NAE_ERA_R-2324_Eesti_Vabariigi_Pohiseaduslik_Assamblee, lk 29
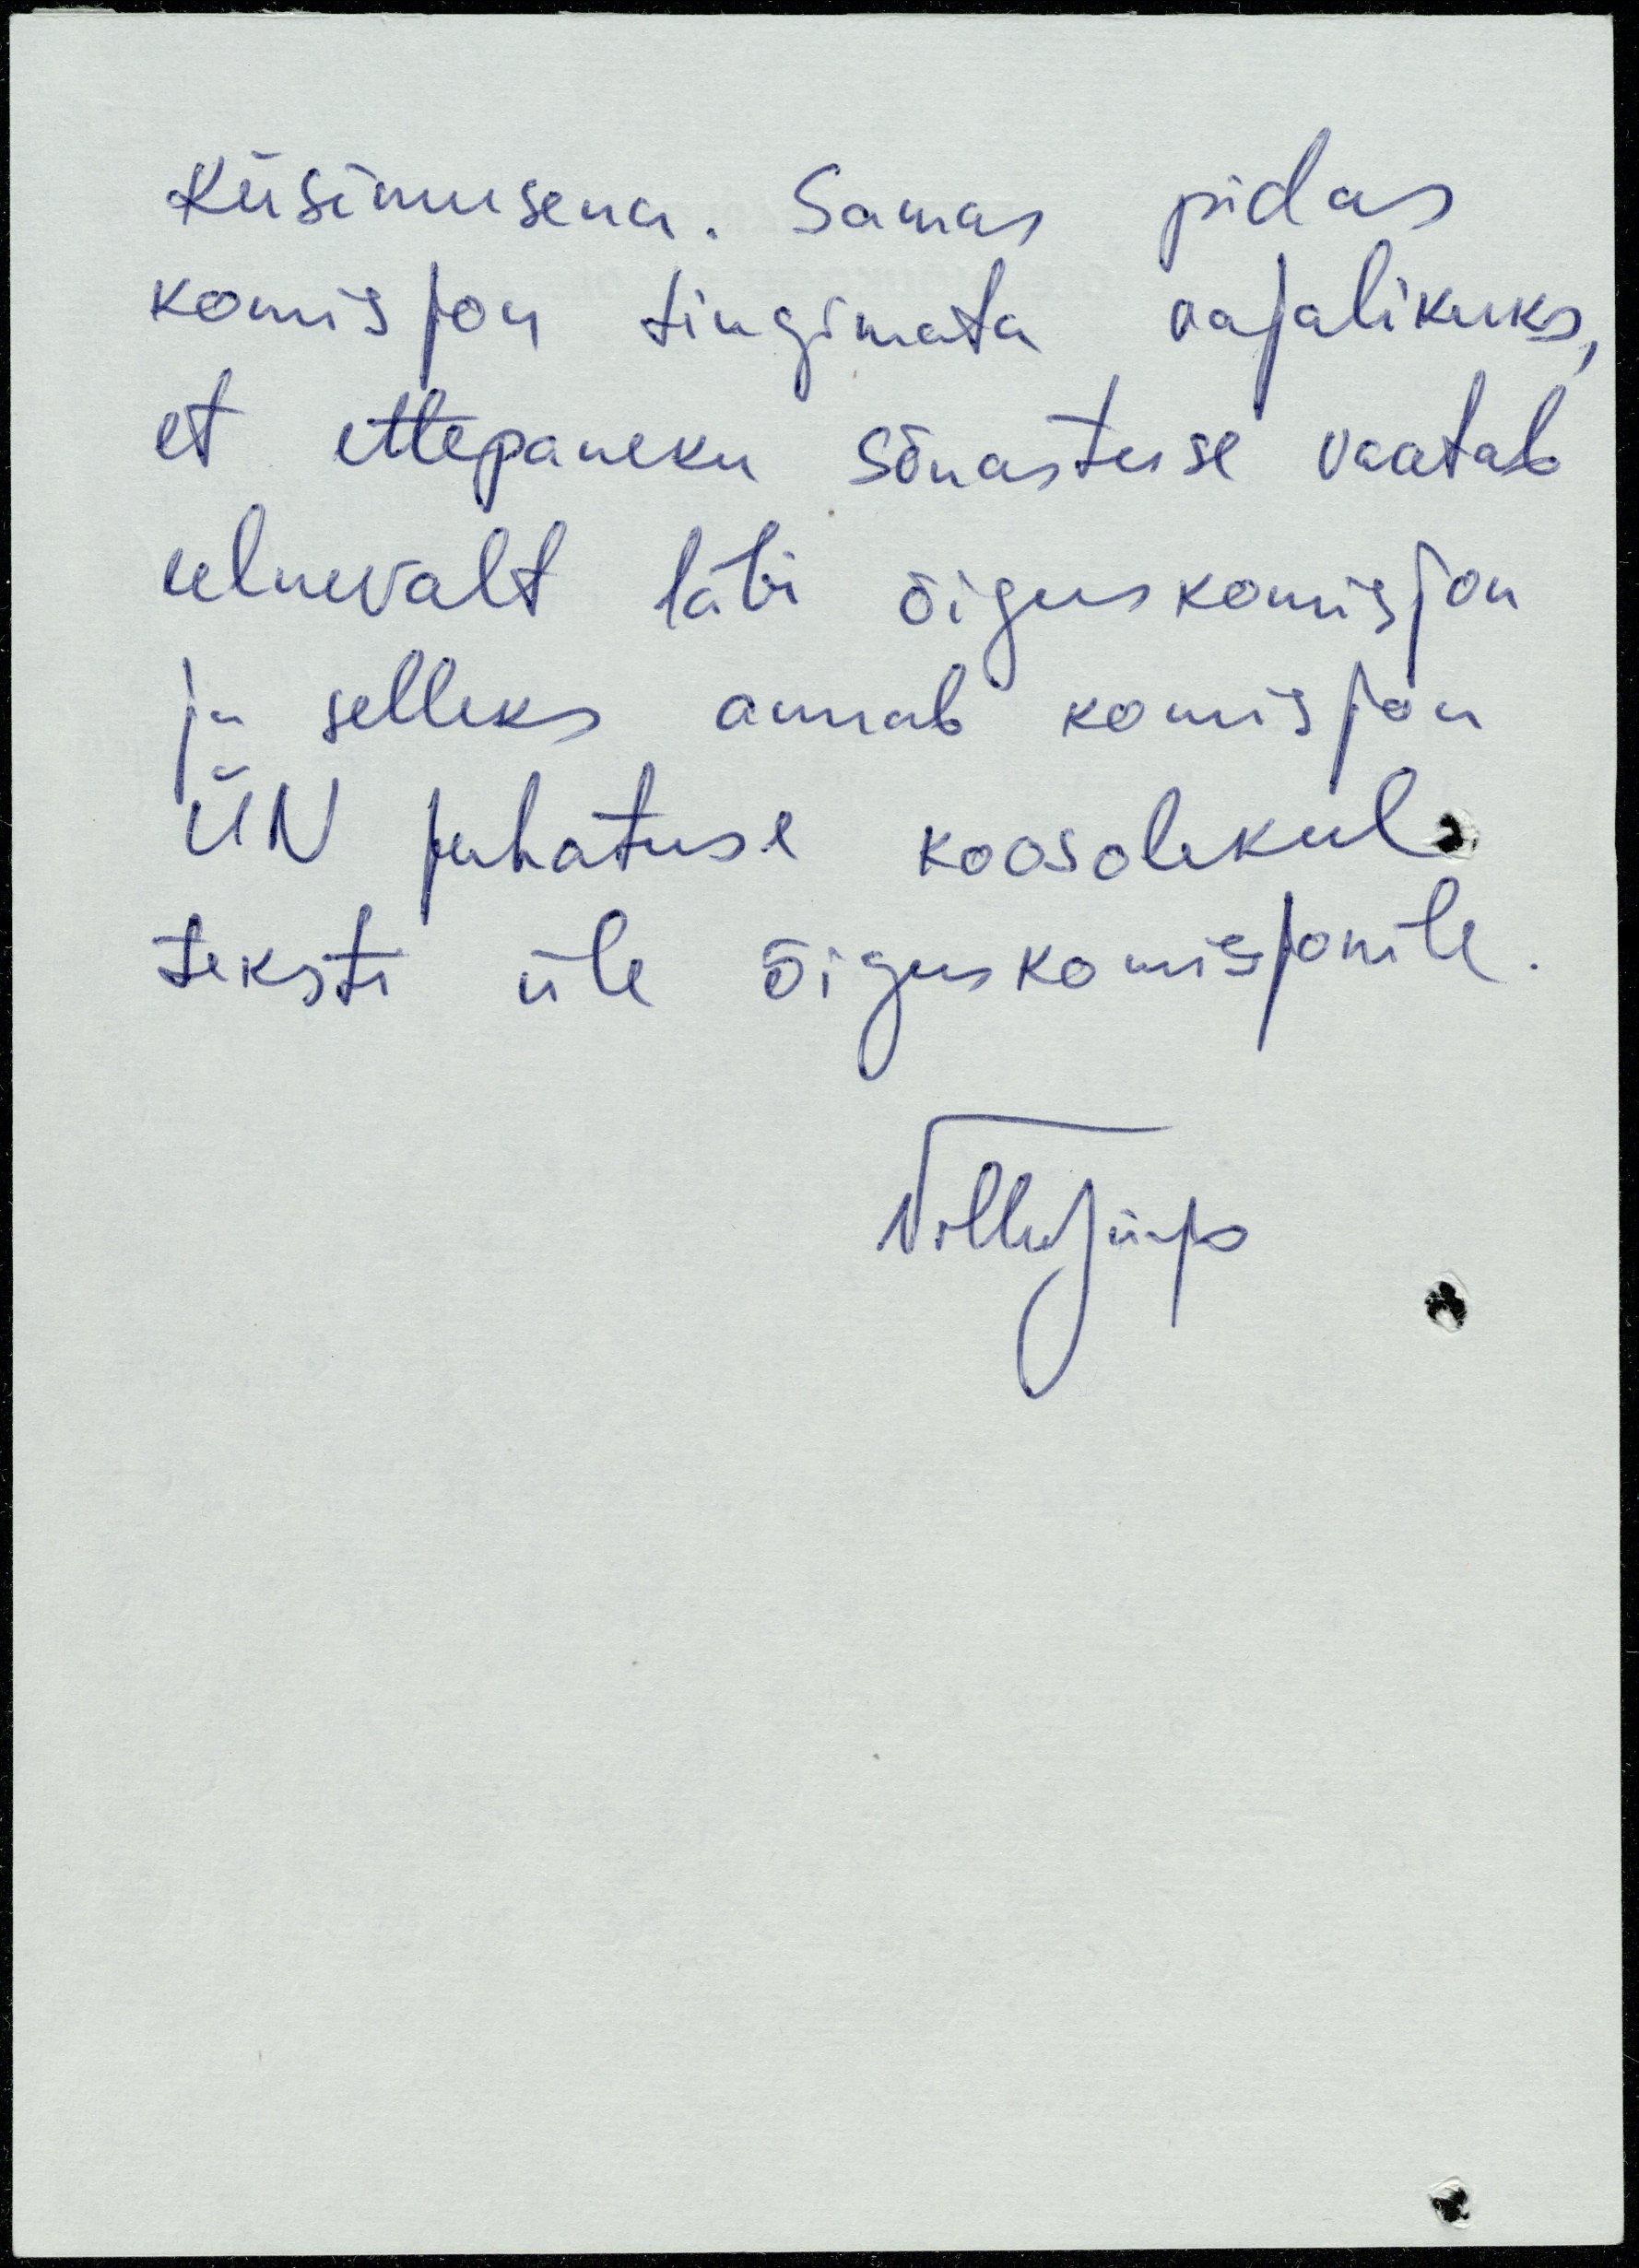
küsimusena. Samas pidas
komisjon tingimata vajalikuks,
et ettepaneku sõnastuse vaatab
eelnevalt läbi õiguskomisjon
ja selleks annab komisjon
ÜN Juhatuse koosolekul
teksti üle õiguskomisjonile.
VilluJürjo